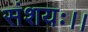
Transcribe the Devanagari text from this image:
संशयः।।